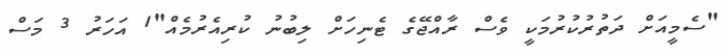
"ސެމީއަށް ދަތުރުކުރުމަކީ ވެސް ރާއްޖޭގެ ޓެނިހަށް ލިބުނު ކުރިއެރުމެއް"1 އަހަރު 3 މަސް